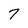
Character: 7